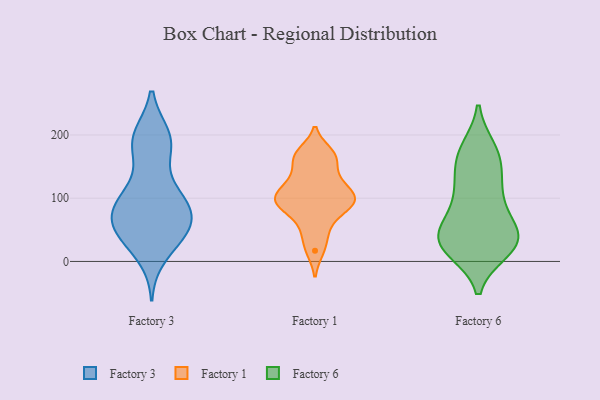
{"axis": {"x": "Production Output", "y": "Value"}, "legend": ["Factory 1", "Factory 3", "Factory 6"], "data": [{"x": "", "y": 88, "type": "Factory 3"}, {"x": "", "y": 195, "type": "Factory 3"}, {"x": "", "y": 184, "type": "Factory 3"}, {"x": "", "y": 83, "type": "Factory 3"}, {"x": "", "y": 93, "type": "Factory 3"}, {"x": "", "y": 197, "type": "Factory 3"}, {"x": "", "y": 44, "type": "Factory 3"}, {"x": "", "y": 120, "type": "Factory 3"}, {"x": "", "y": 46, "type": "Factory 3"}, {"x": "", "y": 192, "type": "Factory 3"}, {"x": "", "y": 182, "type": "Factory 3"}, {"x": "", "y": 95, "type": "Factory 3"}, {"x": "", "y": 48, "type": "Factory 3"}, {"x": "", "y": 35, "type": "Factory 3"}, {"x": "", "y": 56, "type": "Factory 3"}, {"x": "", "y": 64, "type": "Factory 3"}, {"x": "", "y": 97, "type": "Factory 3"}, {"x": "", "y": 10, "type": "Factory 3"}, {"x": "", "y": 70, "type": "Factory 3"}, {"x": "", "y": 107, "type": "Factory 1"}, {"x": "", "y": 65, "type": "Factory 1"}, {"x": "", "y": 17, "type": "Factory 1"}, {"x": "", "y": 91, "type": "Factory 1"}, {"x": "", "y": 164, "type": "Factory 1"}, {"x": "", "y": 108, "type": "Factory 1"}, {"x": "", "y": 92, "type": "Factory 1"}, {"x": "", "y": 164, "type": "Factory 1"}, {"x": "", "y": 42, "type": "Factory 1"}, {"x": "", "y": 172, "type": "Factory 1"}, {"x": "", "y": 89, "type": "Factory 1"}, {"x": "", "y": 133, "type": "Factory 1"}, {"x": "", "y": 127, "type": "Factory 1"}, {"x": "", "y": 96, "type": "Factory 1"}, {"x": "", "y": 151, "type": "Factory 6"}, {"x": "", "y": 43, "type": "Factory 6"}, {"x": "", "y": 142, "type": "Factory 6"}, {"x": "", "y": 102, "type": "Factory 6"}, {"x": "", "y": 121, "type": "Factory 6"}, {"x": "", "y": 17, "type": "Factory 6"}, {"x": "", "y": 99, "type": "Factory 6"}, {"x": "", "y": 178, "type": "Factory 6"}, {"x": "", "y": 42, "type": "Factory 6"}, {"x": "", "y": 53, "type": "Factory 6"}, {"x": "", "y": 175, "type": "Factory 6"}, {"x": "", "y": 40, "type": "Factory 6"}, {"x": "", "y": 84, "type": "Factory 6"}, {"x": "", "y": 35, "type": "Factory 6"}, {"x": "", "y": 24, "type": "Factory 6"}, {"x": "", "y": 17, "type": "Factory 6"}, {"x": "", "y": 24, "type": "Factory 6"}, {"x": "", "y": 40, "type": "Factory 6"}, {"x": "", "y": 172, "type": "Factory 6"}]}